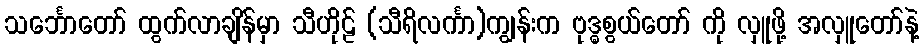
သင်္ဘောတော် ထွက်လာချိန်မှာ သီဟိုဠ် (သီရိလင်္ကာ)ကျွန်းက ဗုဒ္ဓစွယ်တော် ကို လှူဖို့ အလှူတော်နဲ့